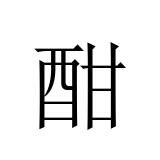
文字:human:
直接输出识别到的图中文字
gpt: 酣